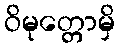
ဝိမုတ္တောမှိ